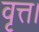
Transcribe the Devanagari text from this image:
वृत्त।